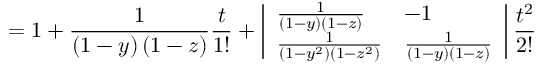
= 1 + \frac { 1 } { \left( 1 - y \right) \left( 1 - z \right) } \frac { t } { 1 ! } + \left| \begin{array} { l l } { \frac { 1 } { \left( 1 - y \right) \left( 1 - z \right) } } & { - 1 } \\ { \frac { 1 } { \left( 1 - y ^ { 2 } \right) \left( 1 - z ^ { 2 } \right) } } & { \frac { 1 } { \left( 1 - y \right) \left( 1 - z \right) } } \end{array} \right| \frac { t ^ { 2 } } { 2 ! }